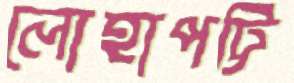
লোহাপট্টি